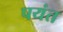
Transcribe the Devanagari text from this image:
पयंत